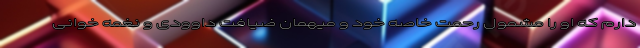
دارم که او را مشمول رحمت خاصه خود و میهمان ضیافت داوودی و نغمه خوانی